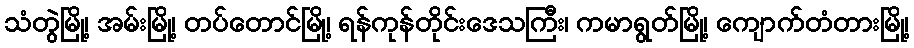
သံတွဲမြို့၊ အမ်းမြို့၊ တပ်တောင်မြို့၊ ရန်ကုန်တိုင်းဒေသကြီး၊ ကမာရွတ်မြို့၊ ကျောက်တံတားမြို့၊